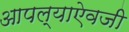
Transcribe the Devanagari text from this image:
आपल्याऐवजी